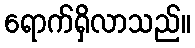
ရောက်ရှိလာသည်။